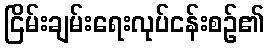
ငြိမ်းချမ်းရေးလုပ်ငန်းစဉ်၏